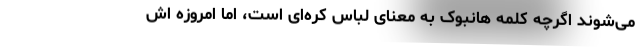
می‌شوند اگرچه کلمه هانبوک به معنای لباس کره‌ای است، اما امروزه اش